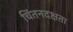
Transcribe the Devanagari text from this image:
चिंतनदक्षता